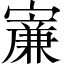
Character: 𡫐